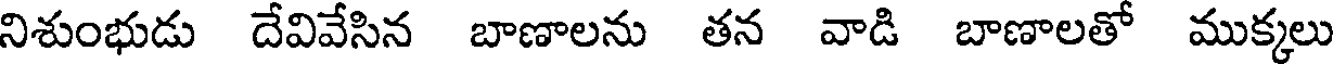
నిశుంభుడు దేవివేసిన బాణాలను తన వాడి బాణాలతో ముక్కలు